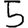
Digit: 5